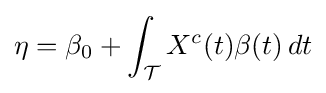
\eta =\beta _{0}+\int _{\mathcal {T}}X^{c}(t)\beta (t)\,dt